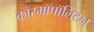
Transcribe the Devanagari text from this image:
कॉस्मॉपॉलिटन